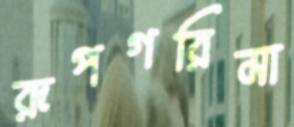
রূপগরিমা